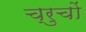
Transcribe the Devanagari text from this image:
च्रुचों